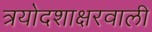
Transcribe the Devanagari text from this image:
त्रयोदशाक्षरवाली